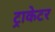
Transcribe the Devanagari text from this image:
ट्राकेटर